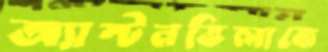
অ্যাস্টনভিলাকে